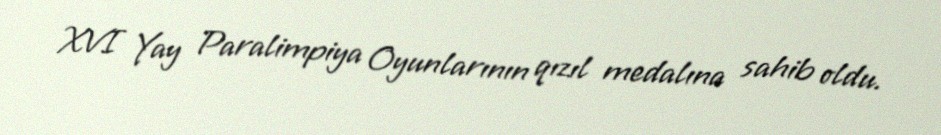
XVI Yay Paralimpiya Oyunlarının qızıl medalına sahib oldu.